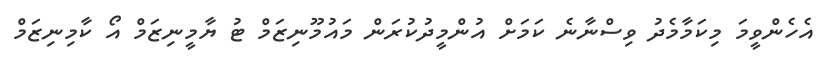
އެހެންވީމަ މިކަމާމެދު ވިސްނާނެ ކަމަށް އުންމީދުކުރަން މައުމޫނިޒަމް ޓު ޔާމީނިޒަމް އޯ ކާމިނިޒަމް